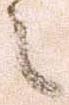
之